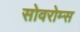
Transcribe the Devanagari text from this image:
सोवरोम्स